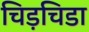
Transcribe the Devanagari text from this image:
चिड़चिडा